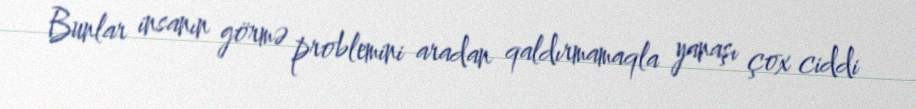
Bunlar insanın görmə problemini aradan qaldırmamaqla yanaşı çox ciddi